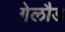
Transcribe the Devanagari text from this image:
गेलौड